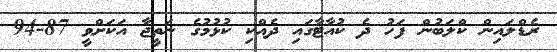
ރެޑްލައިން ކްލަބުން ފަހު ދެ ކުއާޓާގައި ދެއްކި ކުޅުމުގެ ނަތީޖާ އަކަށްވީ 87-94